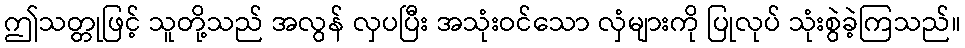
ဤသတ္တုဖြင့် သူတို့သည် အလွန် လှပပြီး အသုံးဝင်သော လှံများကို ပြုလုပ် သုံးစွဲခဲ့ကြသည်။